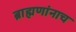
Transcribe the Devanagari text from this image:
ब्राह्मणांनाच